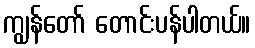
ကျွန်တော် တောင်းပန်ပါတယ်။